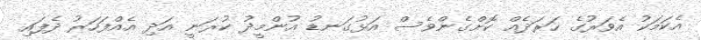
އެކަމަކު އެވަރުގެ ހަރަދެއް ކޮށްގެންވެސް އަޅުގަނޑު އުންމީދު ކުރަނީ އަދި އެއްފަހަރު ދެފައި